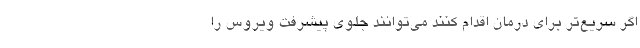
اگر سریع‌تر برای درمان اقدام کنند می‌توانند جلوی پیشرفت ویروس را